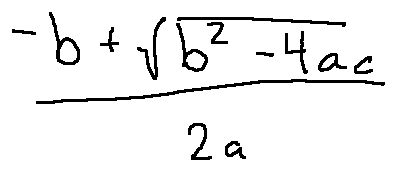
\frac { - b + \sqrt { b ^ { 2 } - 4 a c } } { 2 a }